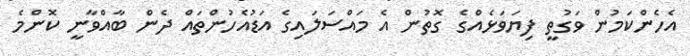
އެހެންކަމުން ވަގުތީ ފިޔަވަޅެއްގެ ގޮތުން އެ މައްސަލައިގެ އަޑުއެހުންތައް ދެން ބާއްވާނީ ކޮންމެ